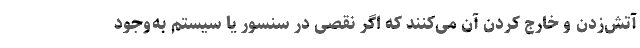
آتش‌زدن و خارج کردن آن می‌کنند که اگر نقصی در سنسور یا سیستم به‌وجود